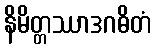
နိမိတ္တဿာဒဂဓိတံ